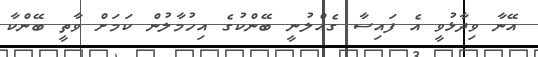
އޭނާ ވިދާޅުވީ އެ ފައިސާ ގެއްލުނީ ބޭންކުގެ އިހުމާލުން ކަމަށް ވާތީ ބޭންކާ